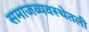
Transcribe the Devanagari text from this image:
समाजव्यवस्थेतली